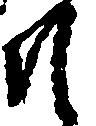
そ